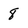
Character: 8